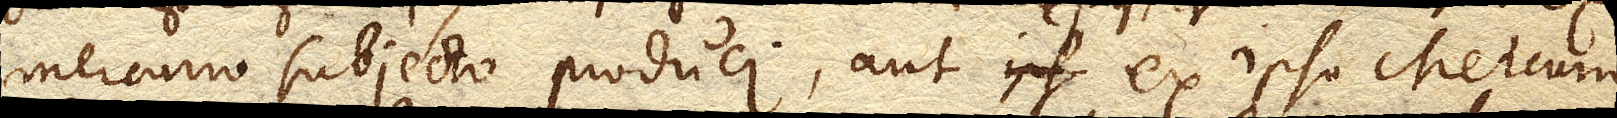
Mercurio subjecto produci, aut ex ipso Mercurio